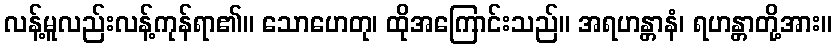
လန့်မူလည်းလန့်ကုန်ရာ၏။ သောဟေတု၊ ထိုအကြောင်းသည်။ အရဟန္တာနံ၊ ရဟန္တာတို့အား။